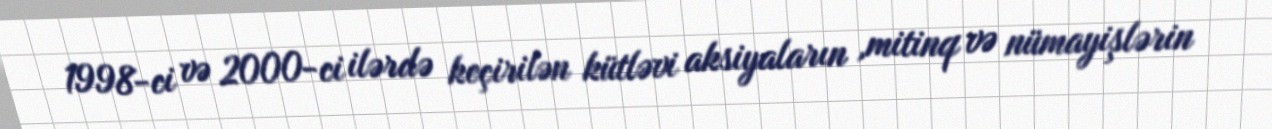
1998-ci və 2000-ci ilərdə keçirilən kütləvi aksiyaların ,mitinq və nümayişlərin